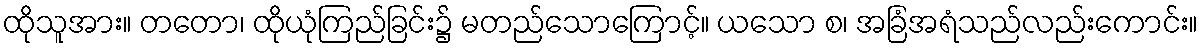
ထိုသူအား။ တတော၊ ထိုယုံကြည်ခြင်း၌ မတည်သောကြောင့်။ ယသော စ၊ အခြံအရံသည်လည်းကောင်း။